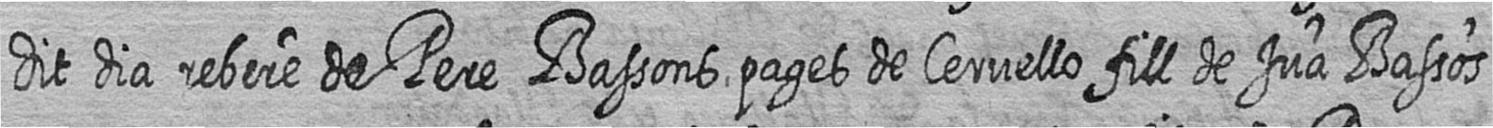
dit dia rebere de Pere Bassons pages de Cervello fill de Jua Bassos